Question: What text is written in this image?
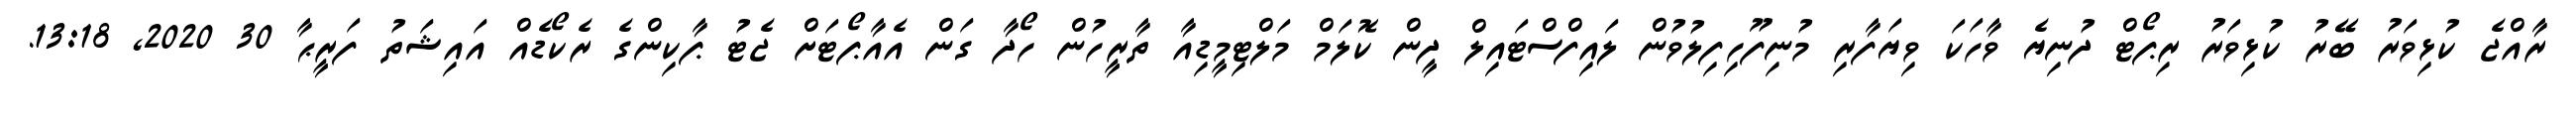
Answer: ރާއްޖެ ކުޅިވަރު ބޭރު ކުޅިވަރު ރިޕޯޓް ދުނިޔެ ވާހަކަ ވިޔަފާރި މުނިފޫހިފިލުވުން ލައިފްސްޓައިލް ދީން ކޮލަމް މަލްޓިމީޑިއާ ތާރީހުން ހޯދާ ގަން އެއާޕޯޓަށް ޖެޓު ޕާކިންގެ ރެކޯޑެއް އައިޝަތު ފަރީޙާ 30 2020, 13:18.